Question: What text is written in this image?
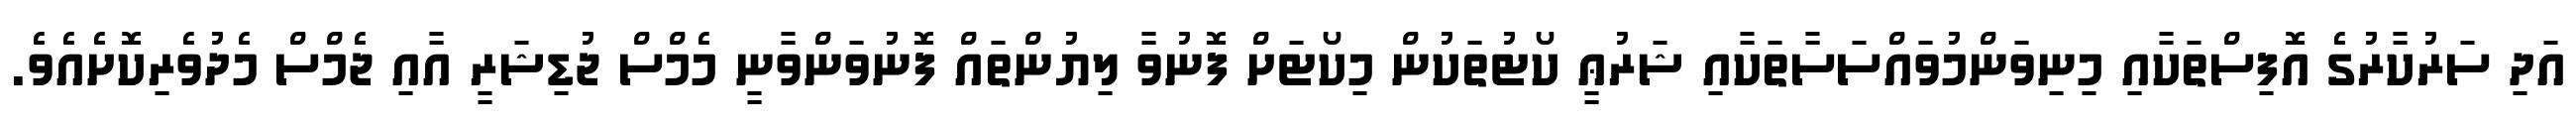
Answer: އަދި ސަރުކާރުގެ އޮފިސްތަކާއި މިނިވަންމުވައްސަސާތަކާއި ޝަރުޢީ ކޯޓުތަކުން މިކޯޓަށް ފޮނުވާ ލިޔުންތައް ފޮނުވަންވާނީ މެމްސް ޖުޑިޝަރީ އާއި ޖެމްސް މެދުވެރިކޮށެއެވެ.